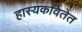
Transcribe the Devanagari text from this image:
हास्यकवितेत